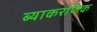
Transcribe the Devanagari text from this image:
ब्याकरणिक